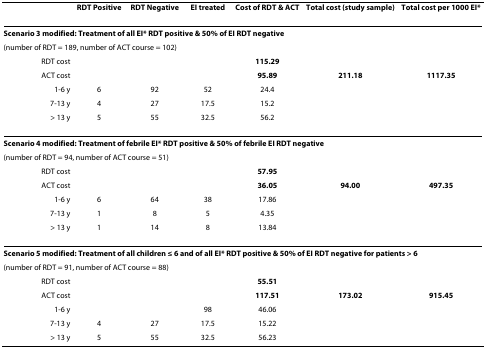
<table><thead><tr><td></td><td><b>RDT Positive</b></td><td><b>RDT Negative</b></td><td><b>EI treated</b></td><td><b>Cost of RDT &amp; ACT</b></td><td><b>Total cost (study sample)</b></td><td><b>Total cost per 1000 EI*</b></td></tr></thead><tbody><tr><td colspan="7"><b>Scenario 3 modified: Treatment of all EI* RDT positive &amp; 50% of EI RDT negative</b></td></tr><tr><td colspan="7">(number of RDT = 189, number of ACT course = 102)</td></tr><tr><td>RDT cost</td><td></td><td></td><td></td><td><b>115.29</b></td><td></td><td></td></tr><tr><td>ACT cost</td><td></td><td></td><td></td><td><b>95.89</b></td><td><b>211.18</b></td><td><b>1117.35</b></td></tr><tr><td>1-6 y</td><td>6</td><td>92</td><td>52</td><td>24.4</td><td></td><td></td></tr><tr><td>7-13 y</td><td>4</td><td>27</td><td>17.5</td><td>15.2</td><td></td><td></td></tr><tr><td>&gt; 13 y</td><td>5</td><td>55</td><td>32.5</td><td>56.2</td><td></td><td></td></tr><tr><td colspan="7"><b>Scenario 4 modified: Treatment of febrile EI* RDT positive &amp; 50% of febrile EI RDT negative</b></td></tr><tr><td colspan="7">(number of RDT = 94, number of ACT course = 51)</td></tr><tr><td>RDT cost</td><td></td><td></td><td></td><td><b>57.95</b></td><td></td><td></td></tr><tr><td>ACT cost</td><td></td><td></td><td></td><td><b>36.05</b></td><td><b>94.00</b></td><td><b>497.35</b></td></tr><tr><td>1-6 y</td><td>6</td><td>64</td><td>38</td><td>17.86</td><td></td><td></td></tr><tr><td>7-13 y</td><td>1</td><td>8</td><td>5</td><td>4.35</td><td></td><td></td></tr><tr><td>&gt; 13 y</td><td>1</td><td>14</td><td>8</td><td>13.84</td><td></td><td></td></tr><tr><td colspan="7"><b>Scenario 5 modified: Treatment of all children ≤ 6 and of all EI* RDT positive &amp; 50% of EI RDT negative for patients &gt; 6</b></td></tr><tr><td colspan="7">(number of RDT = 91, number of ACT course = 88)</td></tr><tr><td>RDT cost</td><td></td><td></td><td></td><td><b>55.51</b></td><td></td><td></td></tr><tr><td>ACT cost</td><td></td><td></td><td></td><td><b>117.51</b></td><td><b>173.02</b></td><td><b>915.45</b></td></tr><tr><td>1-6 y</td><td></td><td></td><td>98</td><td>46.06</td><td></td><td></td></tr><tr><td>7-13 y</td><td>4</td><td>27</td><td>17.5</td><td>15.22</td><td></td><td></td></tr><tr><td>&gt; 13 y</td><td>5</td><td>55</td><td>32.5</td><td>56.23</td><td></td><td></td></tr></tbody></table>